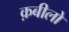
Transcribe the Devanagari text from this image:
क़बीलो